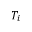
T _ { i }